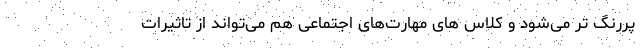
پررنگ تر می‌شود و کلاس های مهارت‌های اجتماعی هم می‌تواند از تاثیرات